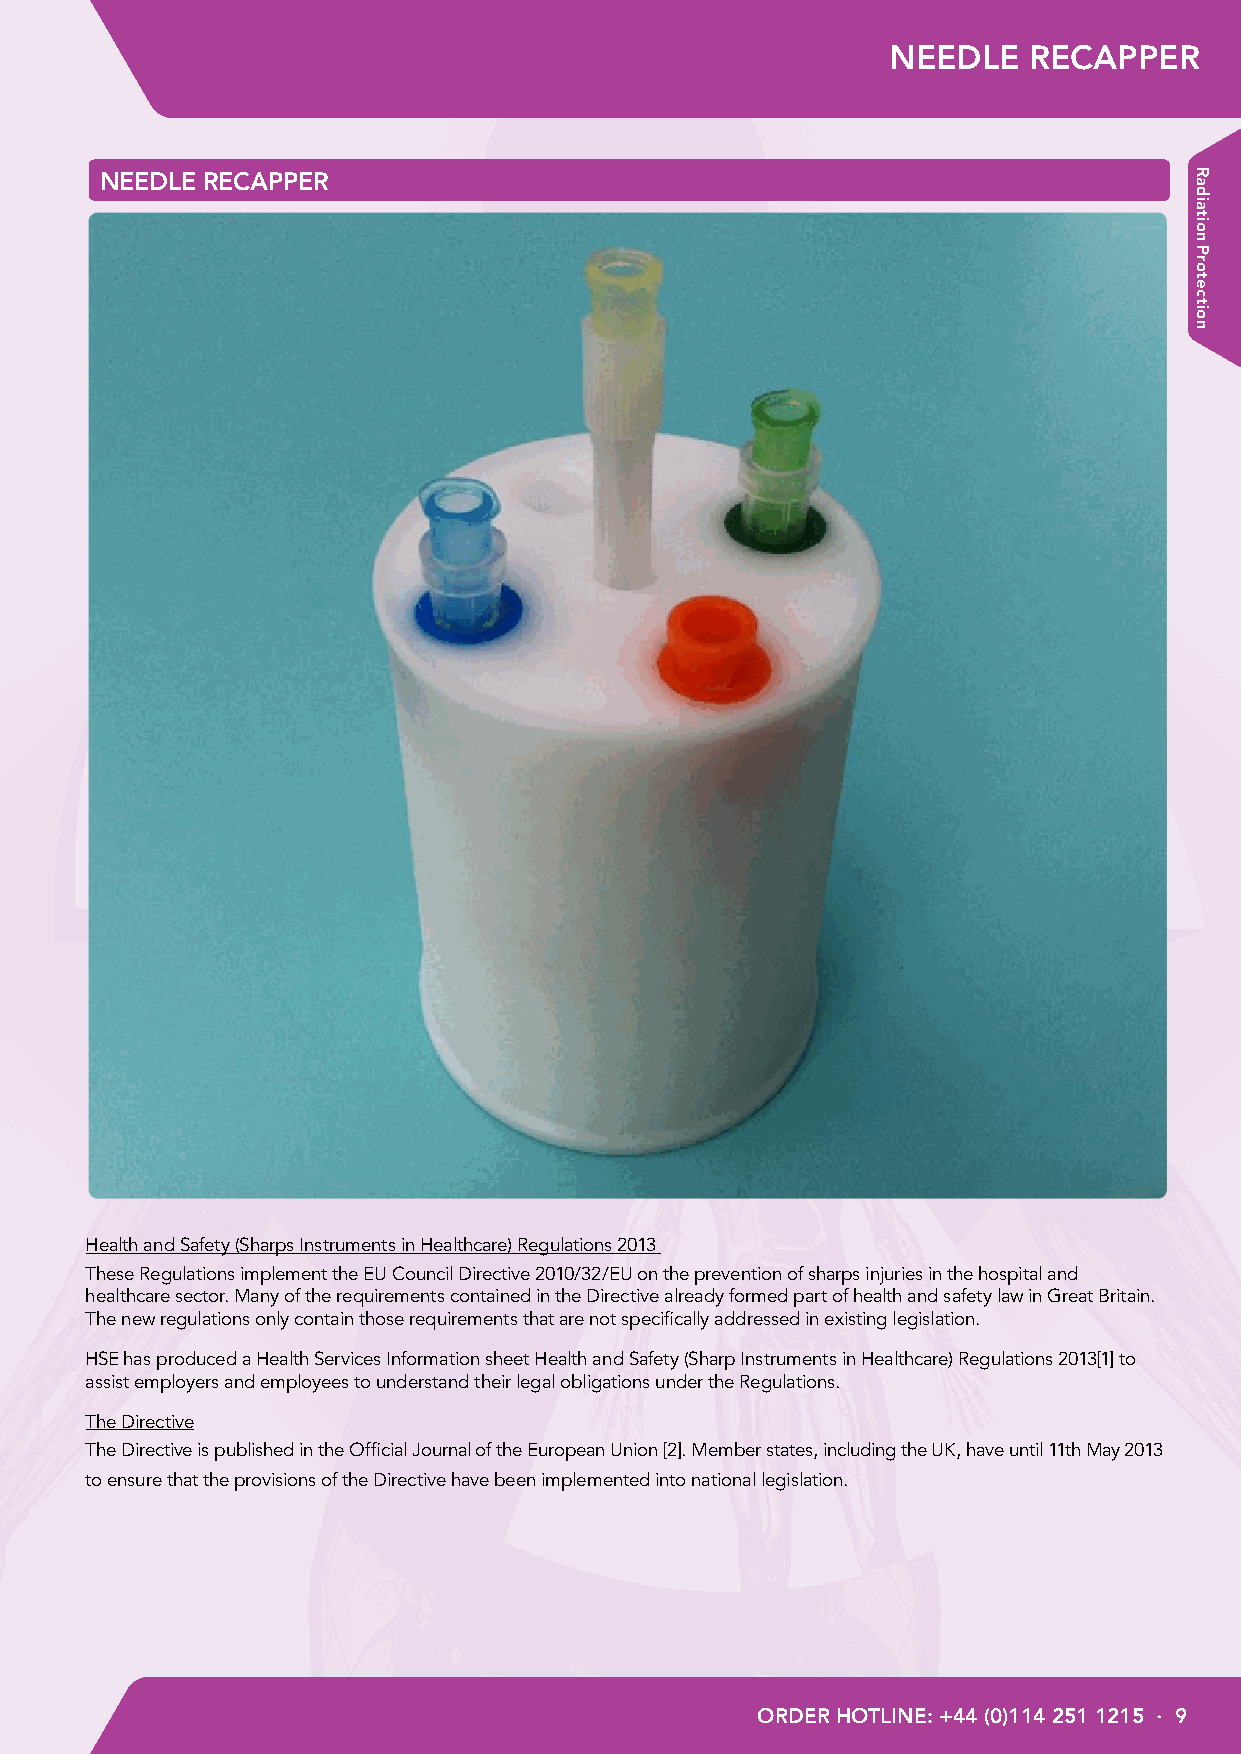
NEEDLE   RECAPPER
 NEEDLE RECAPPER
 Health and Safety (Sharps Instruments in Healthcare) Regulations 2013
 These Regulations implement the EU Council Directive 2010/32/EU on the prevention of sharps injuries in the hospital and
 healthcare sector. Many of the requirements contained in the Directive already formed part of health and safety law in Great Britain.
 The new regulations only contain those requirements that are not specifically addressed in existing legislation.
 HSE has produced a Health Services Information sheet Health and Safety (Sharp Instruments in Healthcare) Regulations 2013[1] to
 assist employers and employees to understand their legal obligations under the Regulations.
 The Directive
 The Directive is published in the Official Journal of the European Union [2]. Member states, including the UK, have until 11th May 2013
 to ensure that the provisions of the Directive have been implemented into national legislation.
 ORDER HOTLINE: +44 (0)114 251 1215 · 9
 Radiation
 Protection